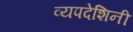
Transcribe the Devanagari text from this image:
व्यपदेशिनी